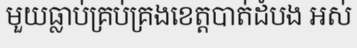
មួយធ្លាប់គ្រប់គ្រងខេត្តបាត់ដំបង អស់